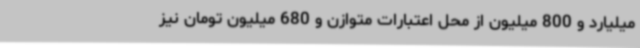
میلیارد و 800 میلیون از محل اعتبارات متوازن و 680 میلیون تومان نیز